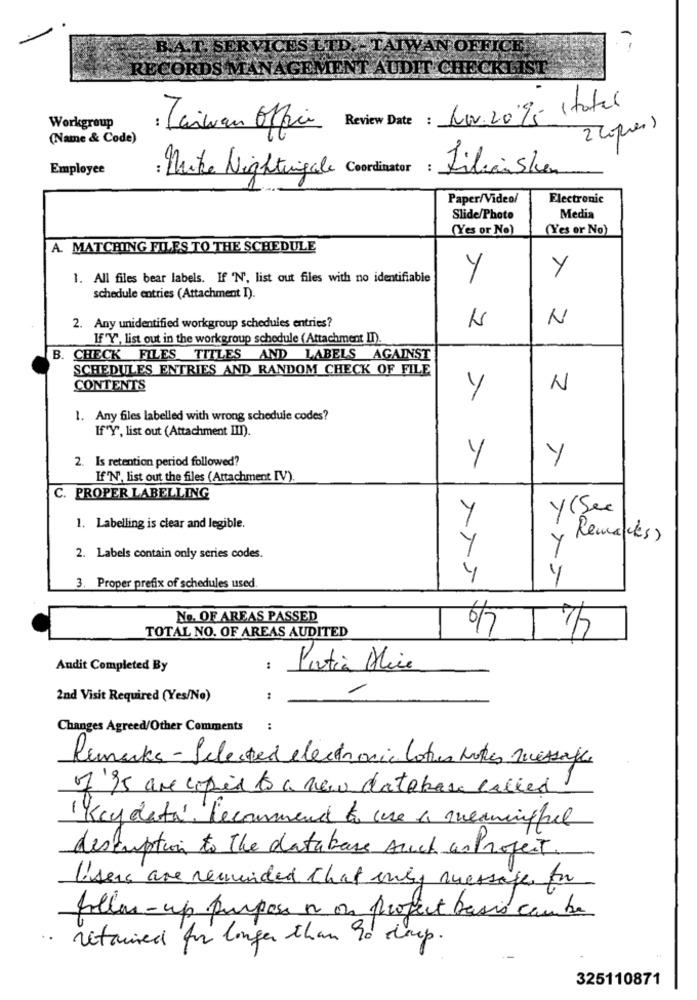
BAT. SERVICES LTD .- TAIWAN OFFICE
RECORDS MANAGEMENT AUDIT CHECKLIST
Review Date : Nov.209e stater
Workgroup
: Taiwan Office
2 2press
(Name & Code)
Employee
LilianSken
Mike Nightingale Coordinator
Paper/Video/
Electronic
Slide/Photo
Media
(Yes or No)
(Yes or No)
A. MATCHING FILES TO THE SCHEDULE
Y
1. All files bear labels. If 'N', list out files with no identifiable
Y
schedule entries (Attachment I).
N
2. Any unidentified workgroup schedules entries?
If "Y", list out in the workgroup schedule (Attachment II).
B. CHECK FILES TITLES AND LABELS AGAINST
SCHEDULES ENTRIES AND RANDOM CHECK OF FILE
CONTENTS
Y
N
1. Any files labelled with wrong schedule codes?
If"Y", list out (Attachment III).
2. Is retention period followed?
Y
Y
If'N', list out the files (Attachment IV).
C. PROPER LABELLING
y(See
Y
1. Labelling is clear and legible.
Remakes)
Y
2. Labels contain only series codes.
4
3. Proper prefix of schedules used
No. OF AREAS PASSED
6/7
TOTAL NO. OF AREAS AUDITED
Andit Completed By
:
Partia Mie
2nd Visit Required (Yes/No)
Changes Agreed/Other Comments
:
Remarks - Selected electronic lotes rokes message
f'95 are copied to a new database called
(Key data, Recommend to use a meaningful
description to the database such as Project.
Users are reminded that only message for
follow-up purpose n on project basis cambre
. retained for longer than 90 dus.
325110871